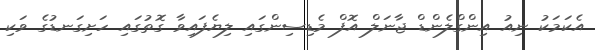
އެކަމަކު ނިއު އިންގްލެންޑް ޖާނަލް އޮފް މެޑިސިންގައި ލިޔެފައިވާ ގޮތުގައި ހަށިގަނޑުގެ ވަކި